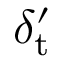
{ \delta _ { \mathrm { t } } ^ { \prime } }